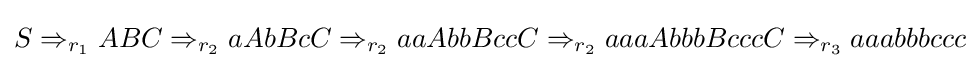
S\Rightarrow _{r_{1}}ABC\Rightarrow _{r_{2}}aAbBcC\Rightarrow _{r_{2}}aaAbbBccC\Rightarrow _{r_{2}}aaaAbbbBcccC\Rightarrow _{r_{3}}aaabbbccc